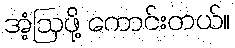
အံ့ဩဖို့ ကောင်းတယ်။